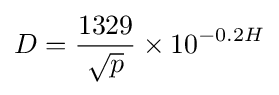
D={\frac {1329}{\sqrt {p}}}\times 10^{-0.2H}